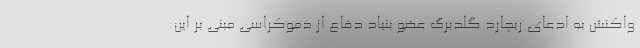
واکنش به ادعای ریچارد گلدبرگ عضو بنیاد دفاع از دموکراسی مبنی بر این